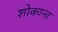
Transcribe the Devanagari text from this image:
शोकान्‍त